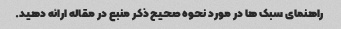
راهنمای سبک ها در مورد نحوه صحیح ذکر منبع در مقاله ارائه دهید.